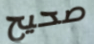
صحيح